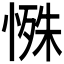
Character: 𪬔